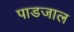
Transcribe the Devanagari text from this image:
पाडजाल